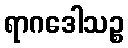
ရာဂဒေါသဉ္စ